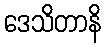
ဒေသိတာနိ